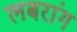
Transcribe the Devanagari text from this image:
लबरांग